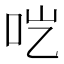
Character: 𱒉